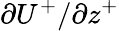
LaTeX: {{\partial}U^{+}}/{{\partial}z^{+}}